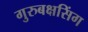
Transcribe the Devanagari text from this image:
गुरुबक्षसिंग